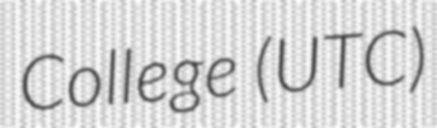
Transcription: College (UTC)